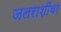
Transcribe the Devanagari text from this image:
जलराशींवर